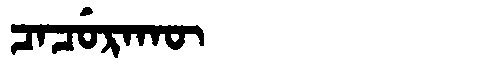
Manchu: ᠴᠠᠴᡠᡵᠠᡴᡡ
Romanization: CACURAKŪ